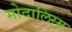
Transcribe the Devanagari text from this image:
मोदालिस्म